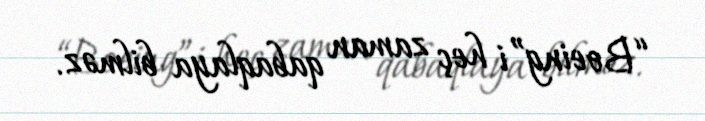
“Boeing”i heç zaman qabaqlaya bilməz.